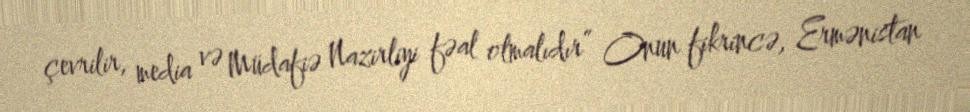
çevrilir, media və Müdafiə Nazirliyi fəal olmalıdır” Onun fikrincə, Ermənistan